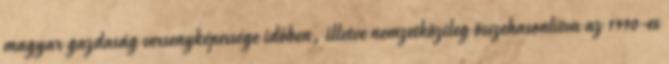
magyar gazdaság versenyképessége időben, illetve nemzetközileg összehasonlítva az 1990-es